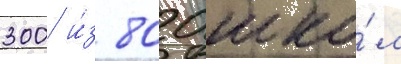
300 и́з 800 шко́л